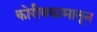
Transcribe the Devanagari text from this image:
कोरीवकामातून